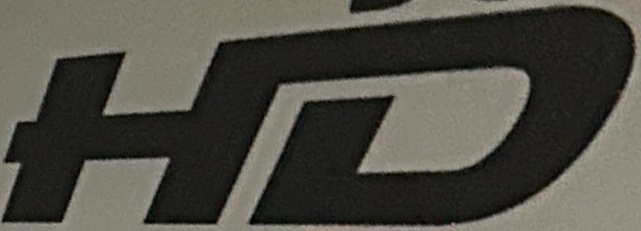
HD